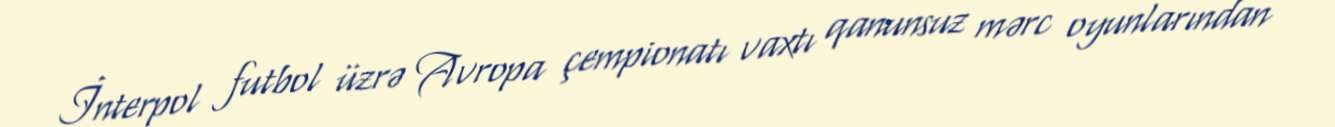
İnterpol futbol üzrə Avropa çempionatı vaxtı qanunsuz mərc oyunlarından